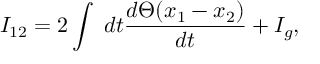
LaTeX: I _ { 1 2 } = 2 \int \; d t \frac { d \Theta ( x _ { 1 } - x _ { 2 } ) } { d t } + I _ { g } ,